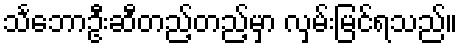
သင်္ဘောဦးဆီတည့်တည့်မှာ လှမ်းမြင်ရသည်။